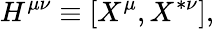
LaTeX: H^{\mu\nu}\equiv[X^{\mu},X^{*\nu}],